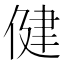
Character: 健